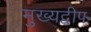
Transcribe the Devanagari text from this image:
मुख्यद्वीप